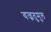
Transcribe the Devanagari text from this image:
वज्रतुमुल